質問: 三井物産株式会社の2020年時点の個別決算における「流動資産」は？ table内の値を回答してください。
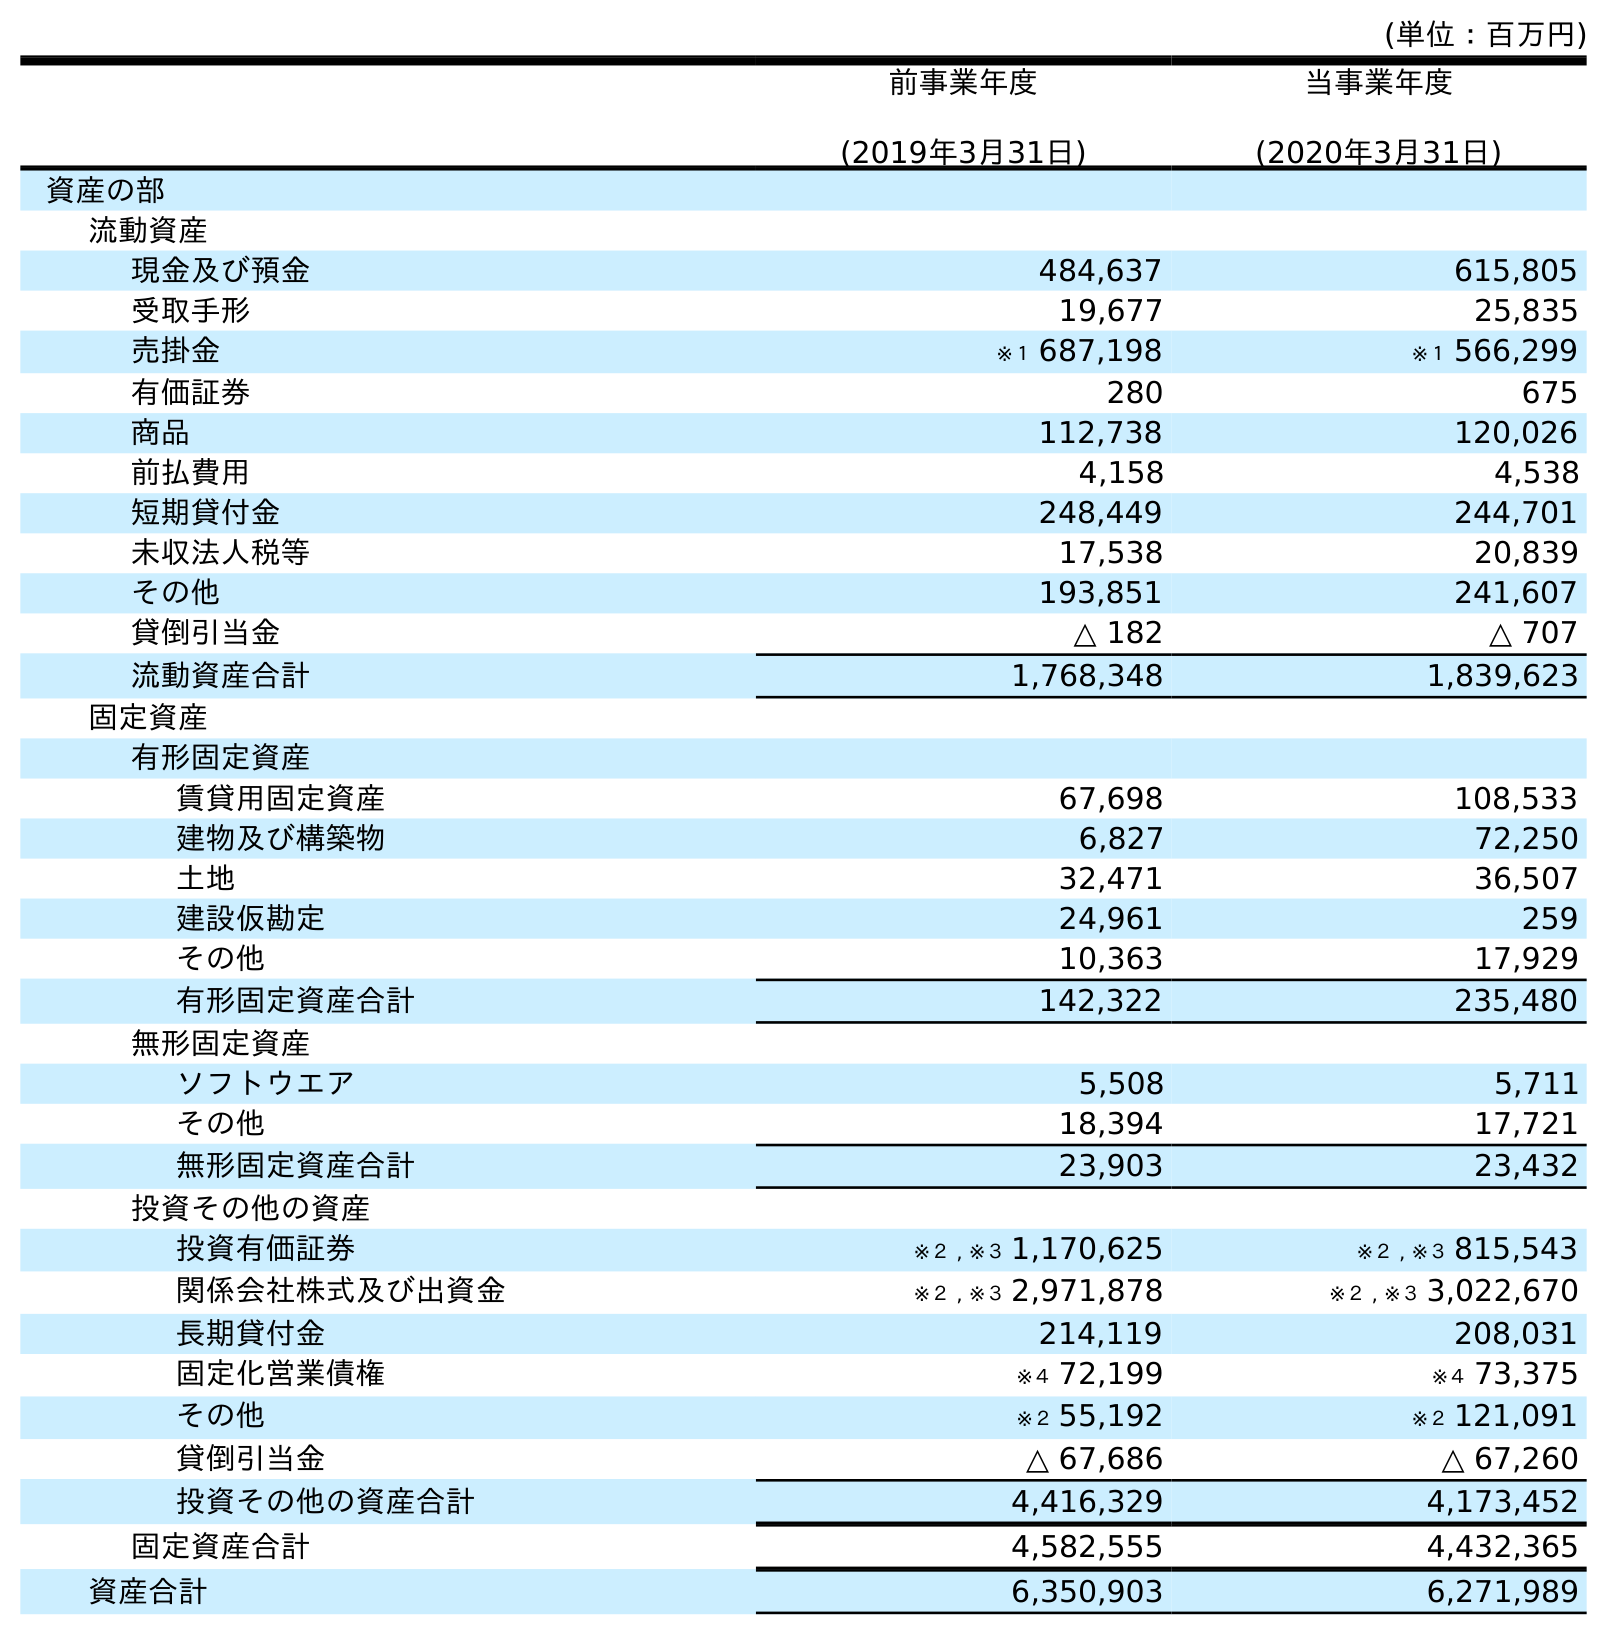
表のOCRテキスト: (単位：百万円) 前事業年度 (2019年3月31日) 当事業年度 (2020年3月31日) 資産の部 流動資産 現金及び預金 484,637 615,805 受取手形 19,677 25,835 売掛金 ※１ 687,198 ※１ 566,299 有価証券 280 675 商品 112,738 120,026 前払費用 4,158 4,538 短期貸付金 248,449 244,701 未収法人税等 17,538 20,839 その他 193,851 241,607 貸倒引当金 △ 182 △ 707 流動資産合計 1,768,348 1,839,623 固定資産 有形固定資産 賃貸用固定資産 67,698 108,533 建物及び構築物 6,827 72,250 土地 32,471 36,507 建設仮勘定 24,961 259 その他 10,363 17,929 有形固定資産合計 142,322 235,480 無形固定資産 ソフトウエア 5,508 5,711 その他 18,394 17,721 無形固定資産合計 23,903 23,432 投資その他の資産 投資有価証券 ※２ , ※３ 1,170,625 ※２ , ※３ 815,543 関係会社株式及び出資金 ※２ , ※３ 2,971,878 ※２ , ※３ 3,022,670 長期貸付金 214,119 208,031 固定化営業債権 ※４ 72,199 ※４ 73,375 その他 ※２ 55,192 ※２ 121,091 貸倒引当金 △ 67,686 △ 67,260 投資その他の資産合計 4,416,329 4,173,452 固定資産合計 4,582,555 4,432,365 資産合計 6,350,903 6,271,989
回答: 1,839,623